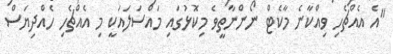
"އެ އެއްޗެހި ވިއްކާނެ މާކެޓް ނޯންނާތީވެ މިކޮޅުގައި މައްސަލައަކީ މި އެއްޗެހި ހެއްދިޔަސް